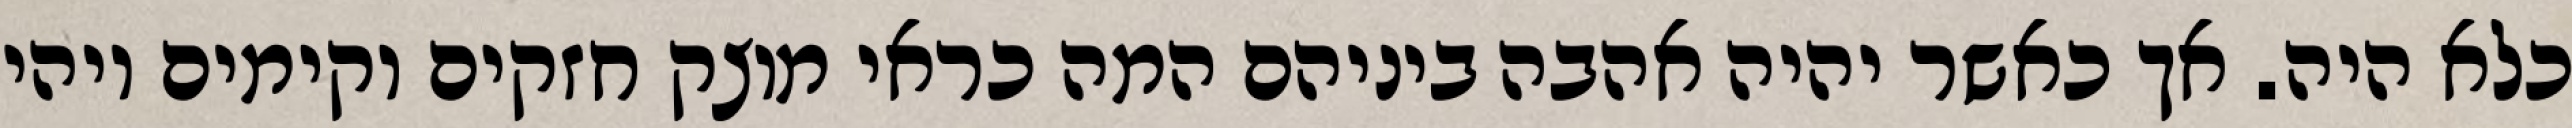
כלא היה. אך כאשר יהיה אהבה ביניהם המה כראי מוצק חזקים וקימים ויהי